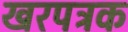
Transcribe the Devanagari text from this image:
खरपत्रक